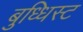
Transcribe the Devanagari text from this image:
बुध्धिस्ट